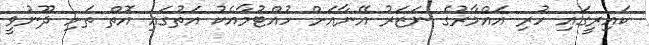
ކައިރީގައި ހުރި އައްމާރުގެ ނަޒަރު އޭނާއަށް ހުއްޓުމާއެކު އަތުގައި އޮތް ތަށި ދޫނުވީ